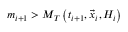
m _ { i + 1 } > M _ { T } \left( t _ { i + 1 } , \vec { x } _ { i } , { \cal H } _ { i } \right)